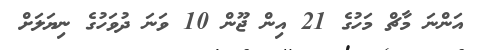
އަންނަ މާޗް މަހުގެ 21 އިން ޖޫން 10 ވަނަ ދުވަހުގެ ނިޔަލަށް